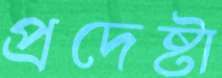
প্রদেষ্টা